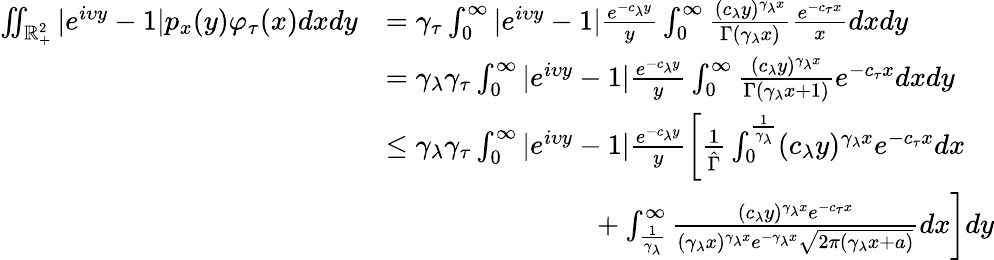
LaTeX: \begin{array}{rl}{\iint_{{\mathbb R}_{+}^{2}}|e^{i\upsilon y}-1|p_{x}(y)\varphi_{\tau}(x)dxdy}&{=\gamma_{\tau}\int_{0}^{\infty}|e^{i\upsilon y}-1|\frac{e^{-c_{\lambda}y}}{y}\int_{0}^{\infty}\frac{(c_{\lambda}y)^{\gamma_{\lambda}x}}{\Gamma(\gamma_{\lambda}x)}\frac{e^{-c_{\tau}x}}{x}dxdy}\\ &{=\gamma_{\lambda}\gamma_{\tau}\int_{0}^{\infty}|e^{i\upsilon y}-1|\frac{e^{-c_{\lambda}y}}{y}\int_{0}^{\infty}\frac{(c_{\lambda}y)^{\gamma_{\lambda}x}}{\Gamma(\gamma_{\lambda}x+1)}e^{-c_{\tau}x}dxdy}\\ &{\leq\gamma_{\lambda}\gamma_{\tau}\int_{0}^{\infty}|e^{i\upsilon y}-1|\frac{e^{-c_{\lambda}y}}{y}\left[\frac{1}{\hat{\Gamma}}\int_{0}^{\frac{1}{\gamma_{\lambda}}}(c_{\lambda}y)^{\gamma_{\lambda}x}e^{-c_{\tau}x}dx\right.}\\ &{\ \ \ \ \ \ \ \ \ \ \ \ \ \qquad\qquad+\left.\int_{\frac{1}{\gamma_{\lambda}}}^{\infty}\frac{(c_{\lambda}y)^{\gamma_{\lambda}x}e^{-c_{\tau}x}}{(\gamma_{\lambda}x)^{\gamma_{\lambda}x}e^{-\gamma_{\lambda}x}\sqrt{2\pi(\gamma_{\lambda}x+a)}}dx\right]dy}\end{array}